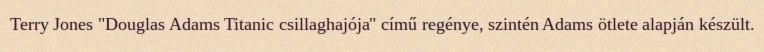
Terry Jones "Douglas Adams Titanic csillaghajója" című regénye, szintén Adams ötlete alapján készült.